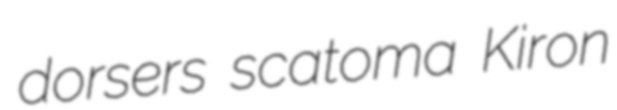
dorsers scatoma Kiron